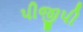
પીજીપી